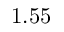
1 . 5 5